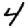
Digit: 4